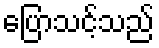
ပြောသင့်သည်